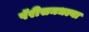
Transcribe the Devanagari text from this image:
पॅरीसमधल्या